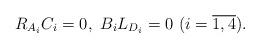
LaTeX: \begin{align*}\begin{aligned}&R_{A_{i}}C_{i}=0,\ B_{i}L_{D_{i}}=0\ (i=\overline{1,4}).\end{aligned}\end{align*}